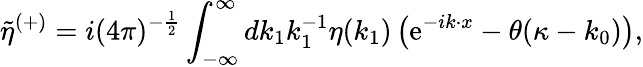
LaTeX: \tilde{\eta}^{(+)}=i(4\pi)^{-{\frac{1}{2}}}\int_{-{\infty}}^{\infty}dk_{1}k_{1}^{-1}\eta(k_{1})\left(\mathrm{e}^{-ik\cdot x}-\theta(\kappa-k_{0})\right),